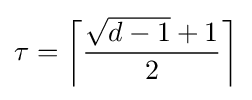
\tau =\left\lceil {\frac {{\sqrt {d-1}}+1}{2}}\right\rceil